Civil Veterinary Department Bihar reports 1936-40 - 1936-1940
Year: 1936
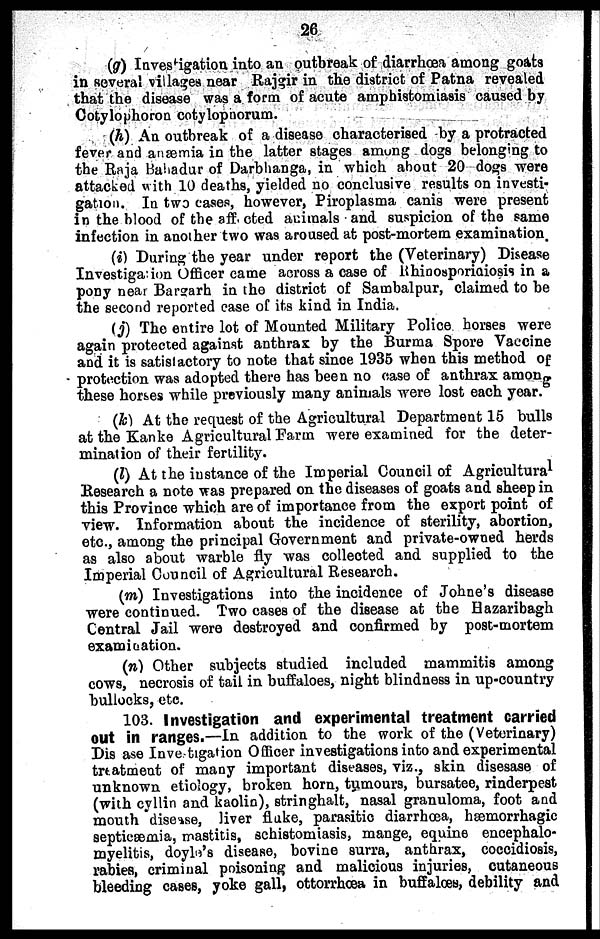
26
(g) Investigation into an outbreak of diarrhoea among goats
in several villages near Rajgir in the district of Patna revealed
that the disease was a form of acute amphistomiasis caused by
Cotylophoron cotylopnorum.
(h) An outbreak of a disease characterised by a protracted
fever and anæmia in the latter stages among dogs belonging to
the Raja Bahadur of Darbhanga, in which about 20 dogs were
attacked with 10 deaths, yielded no conclusive results on investi-
gation. In two cases, however, Piroplasma canis were present
in the blood of the aff. cted animals and suspicion of the same
infection in another two was aroused at post-mortem examination.
(i) During the year under report the (Veterinary) Disease
Investigation Officer came across a case of Rginosporiaiosis in a
pony near Bargrarh in the district of Sambalpur, claimed to be
the second reported case of its kind in India.
( j) The entire lot of Mounted Military Police horses were
again protected against anthrax by the Burma Spore Vaccine
and it is satisfactory to note that since 1935 when this method of
protection was adopted there has been no case of anthrax among
these horses while previously many animals were lost each year.
(k) At the request of the Agricultural Department 15 bulls
at the Kanke Agricultural Farm were examined for the deter-
mination of their fertility.
(l) At the instance of the Imperial Council of Agricultural
Research a note was prepared on the diseases of goats and sheep in
this Province which are of importance from the export point of
view. Information about the incidence of sterility, abortion,
etc., among the principal Government and private-owned herds
as also about warble fly was collected and supplied to the
Imperial Council of Agricultural Research.
(m) Investigations into the incidence of Johne's disease
were continued. Two cases of the disease at the Hazaribagh
Central Jail were destroyed and confirmed by post-mortem
examination.
(n) Other subjects studied included mammitis among
cows, necrosis of tail in buffaloes, night blindness in up-country
bullocks, etc.
103. Investigation and experimental treatment carried
out in ranges.—In addition to the work of the (Veterinary)
Dis ase Invetigation Officer investigations into and experimental
treatment of many important diseases, viz., skin disesase of
unknown etiology, broken horn, tumours, bursatee, rinderpest
(with cyllin and kaolin), stringhalt, nasal granuloma, foot and
mouth disease, liver flake, parasitic diarrhoea, hæmorrhagic
septicæmia, mastitis, schistomiasis, mange, equine encephalo-
myelitis, doyle's disease, bovine surra, anthrax, coccidiosis,
rabies, criminal poisoning and malicious injuries, cutaneous
bleeding cases, yoke gall, ottorrhæa in buffalæs, debility and